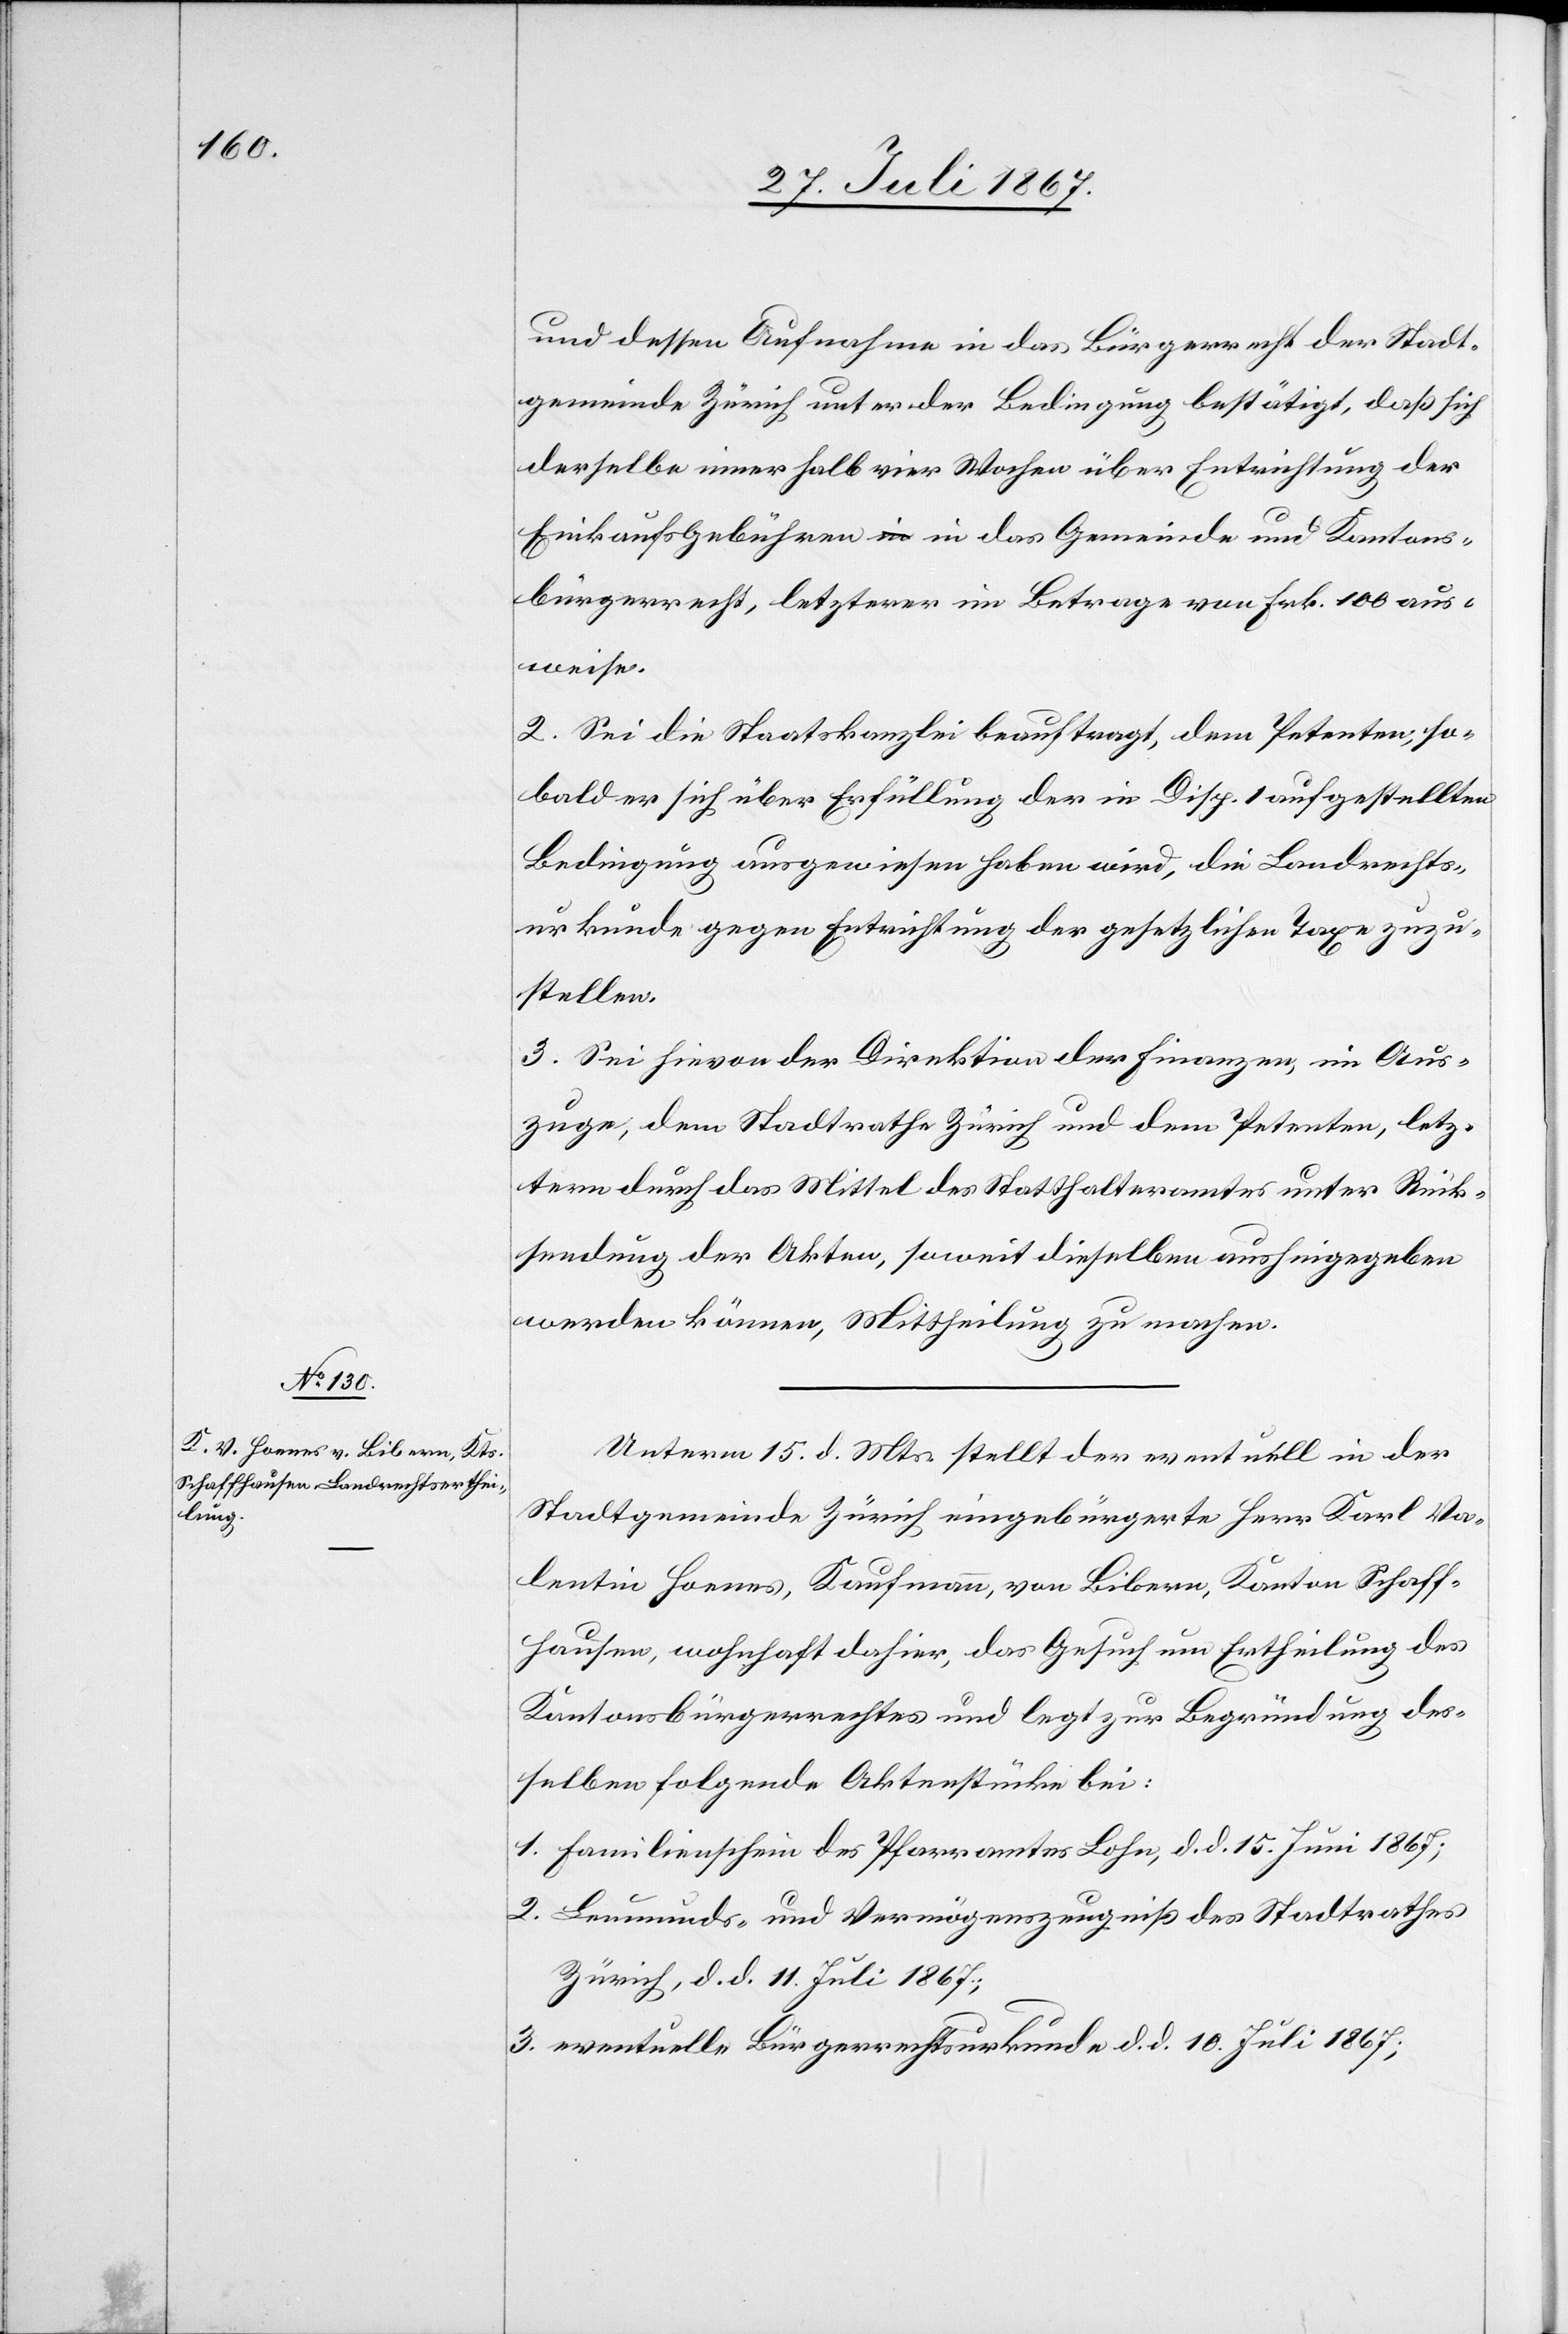
und dessen Aufnahme in das Bürgerrecht der Stadt¬
gemeinde Zürich unter der Bedingung bestätigt, daß sich
derselbe innerhalb vier Wochen über Entrichtung der
Einkaufsgebühren in das Gemeinde und Kantons¬
bürgerrecht, letzterer im Betrag von Frk. 100 aus¬
weise.
2. Sei die Staatskanzlei beauftragt, dem Petenten, so¬
bald er sich über Erfüllung der in Disp. 1 aufgestellten
Bedingung ausgewiesen haben wird, die Landrechts¬
urkunde gegen Entrichtung der gesetzlichen Taxe zuzu¬
stellen.
3. Sei hievon der Direktion der Finanzen, im Aus¬
zuge, dem Stadtrathe Zürich und dem Petenten, letz¬
tern durch das Mittel des Statthalteramtes unter Rück¬
sendung der Akten, soweit dieselben aushingegeben
werden können, Mittheilung zu machen.
Unterm 15. d. Mts. stellt der eventuell in der
Stadtgemeinde Zürich eingebürgerte Herr Karl Va¬
lentin Hoenes, Kaufmann, von Bibern, Kanton Schaff¬
hausen, wohnhaft dahier, das Gesuch um Ertheilung des
Kantonsbürgerrechtes und legt zur Begründung des¬
selben folgende Aktenstücke bei:
1. Familienschein des Pfarramtes Lohn, d. d. 15. Juni 1867;
2. Leumunds- und Vermögenszeugniß des Stadtrathes
Zürich, d. d. 11. Juli 1867;
3. eventuelle Bürgerrechtsurkunde d. d. 10. Juli 1867;